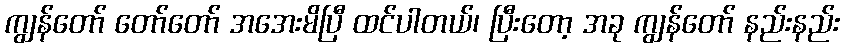
ကျွန်တော် တော်တော် အအေးမိပြီ ထင်ပါတယ်၊ ပြီးတော့ အခု ကျွန်တော် နည်းနည်း